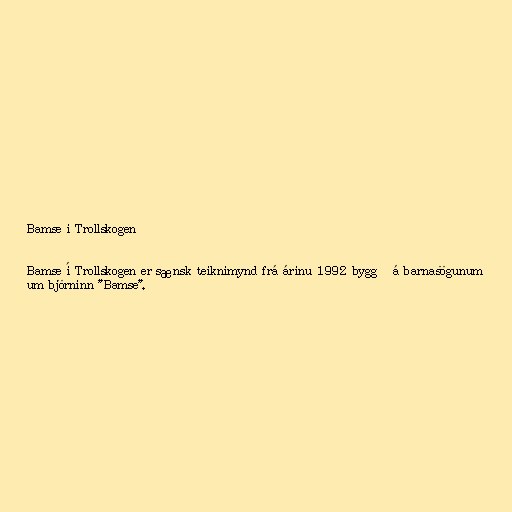
Bamse i Trollskogen

Bamse í Trollskogen er sænsk teiknimynd frá árinu 1992 byggð á barnasögunum
um björninn "Bamse".